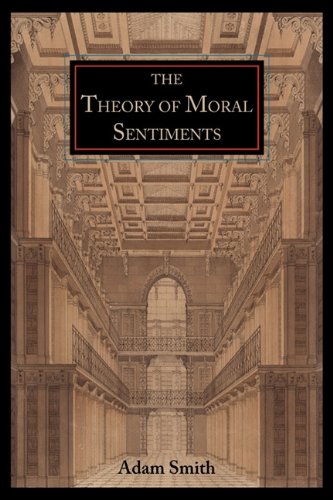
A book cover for The Theory of Moral Sentiments; Adam Smith; Law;